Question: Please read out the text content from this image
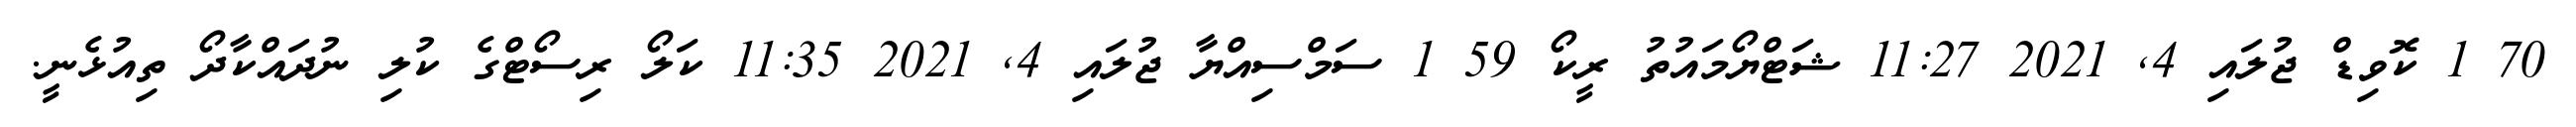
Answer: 70 1 ކޮވިޑް ޖުލައި 4, 2021 11:27 ޝަޓްޔޯމައުތު ރީކޯ 59 1 ސަމްސިއްޔާ ޖުލައި 4, 2021 11:35 ކަލޯ ރިސޯޓްގެ ކުލި ނުދައްކާދޯ ތިއުޅެނީ.